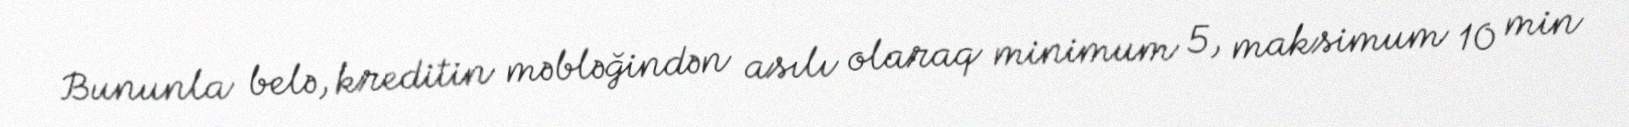
Bununla belə, kreditin məbləğindən asılı olaraq minimum 5, maksimum 10 min